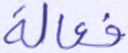
فعالة